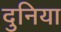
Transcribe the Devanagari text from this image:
दुनिया